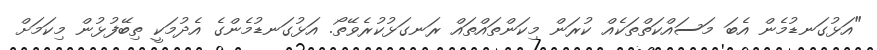
"އަޅުގަނޑުމެން އެބަ މަސައްކަތްތަކެއް ކުރަން މިކަންތައްތައް ރަނގަޅުކުރެވޭތޯ. އަޅުގަނޑުމެންގެ އެދުމަކީ ތިބޭފުޅުން މިކަމަށް